Annual report of the Prince of Wales Medical College, Patna
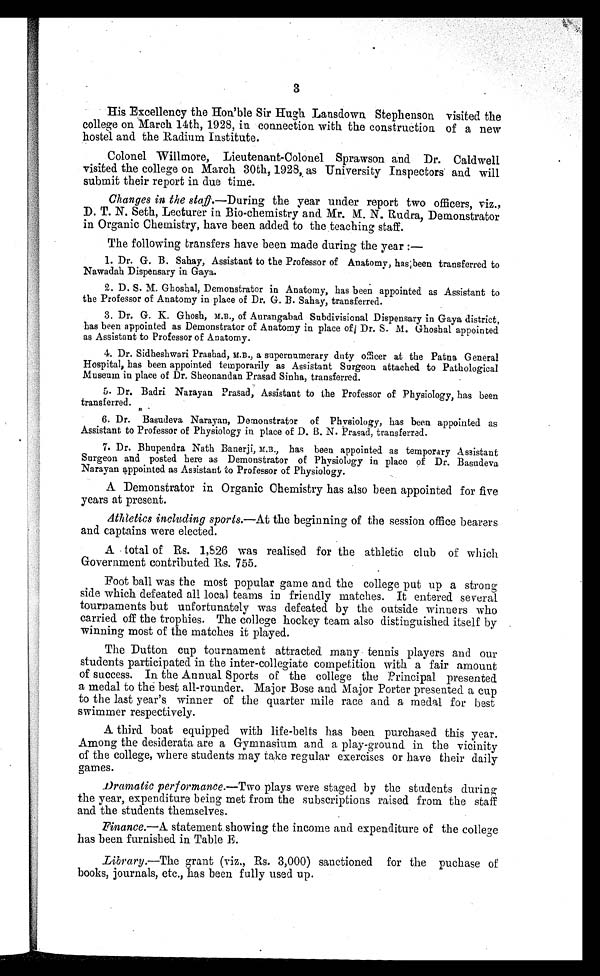
3
His Excellency the Hon'ble Sir Hugh Lansdown Stephenson visited the
college on March 14th, 1928, in connection with the construction of a new
hostel and the Radium Institute.
Colonel Willmore, Lieutenant-Colonel Sprawson and Dr. Caldwell
visited the college on March 30th, 1928, as University Inspectors' and will
submit their report in due time.
Changes in the staff .—During the year under report two officers, viz.,
D. T. N. Seth, Lecturer in Bio-chemistry and Mr. M. N. Rudra, Demonstrator
in Organic Chemistry, have been added to the teaching staff.
The following transfers have been made during the year : —
1. Dr. G. B. Sahay, Assistant to the Professor of Anatomy, has been transferred to
Nawadah Dispensary in Gaya.
2. D. S. M. Ghoshal, Demonstrator in Anatomy, has been appointed as Assistant to
the Professor of Anatomy in place of Dr. G. B. Sahay, transferred.
3. Dr. G. K. Ghosh, M.B., of Aurangabad Subdivisional Dispensary in Gaya district,
has been appointed as Demonstrator of Anatomy in place of Dr. S. M. Ghoshal appointed
as Assistant to Professor of Anatomy.
4. Dr. Sidheshwari Prashad, M.B., a supernumerary duty officer at the Patna General
Hospital, has been appointed temporarily as Assistant Surgeon attached to Pathological
Museum in place of Dr. Sheonandan Prasad Sinha, transferred.
5. Dr. Badri Narayan Prasad, Assistant to the Professor of Physiology, has been
transferred.
6. Dr. Basudeva Narayan, Demonstrator of Physiology, has been appointed as
Assistant to Professor of Physiology in place of D. B. N. Prasad, transferred.
7. Dr. Bhupendra Nath Banerji, M.B, has been appointed as temporary Assistant
Surgeon and posted here as Demonstrator of Physiology in place of Dr. Basudeva
Narayan appointed as Assistant to Professor of Physiology.
A Demonstrator in Organic Chemistry has also been appointed for five
years at present.
Athletics including sports.—At the beginning of the session office bearers
and captains were elected.
A total of Rs. 1,826 was realised for the athletic club of which
Government contributed Rs. 755.
Foot ball was the most popular game and the college put up a strong
side which defeated all local teams in friendly matches. It entered several
tournaments but unfortunately was defeated by the outside winners who
carried off the trophies. The college hockey team also distinguished itself by
winning most of the matches it played.
The Dutton cup tournament attracted many tennis players and our
students participated in the inter-collegiate competition with a fair amount
of success. In the Annual Sports of the college the Principal presented
a medal to the best all-rounder. Major Bose and Major Porter presented a cup
to the last year's winner of the quarter mile race and a medal for best
swimmer respectively.
A third boat equipped with life-belts has been purchased this year.
Among the desiderata are a Gymnasium and a play-ground in the vicinity
of the college, where students may take regular exercises or have their daily
games.
Dramatic performance .—Two plays were staged by the students during
the year, expenditure being met from the subscriptions raised from the staff
and the students themselves.
Finance.—A statement showing the income and expenditure of the college
has been furnished in Table E.
Library .—The grant (viz., Rs. 3,000) sanctioned for the puchase of
books, journals, etc., has been fully used up.